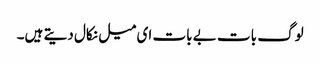
لوگ بات بے بات ای میل نکال دیتے ہیں۔